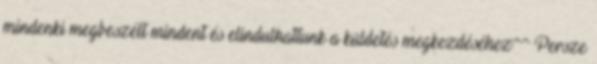
mindenki megbeszélt mindent és elindulhattunk a küldetés megkezdéséhez^^ Persze